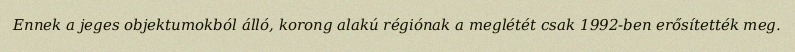
Ennek a jeges objektumokból álló, korong alakú régiónak a meglétét csak 1992-ben erősítették meg.